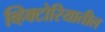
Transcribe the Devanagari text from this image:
व्हिक्टोरियातील